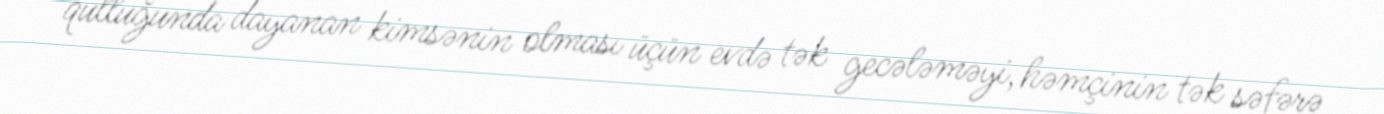
qulluğunda dayanan kimsənin olması üçün evdə tək gecələməyi, həmçinin tək səfərə